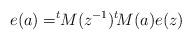
LaTeX: \begin{align*}e(a)=^t\!\!M(z^{-1})^t\! M(a)e(z)\end{align*}